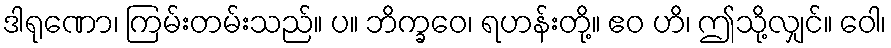
ဒါရုဏော၊ ကြမ်းတမ်းသည်။ ပ။ ဘိက္ခဝေ၊ ရဟန်းတို့။ ဧဝ ဟိ၊ ဤသို့လျှင်။ ဝေါ၊